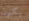
يكون